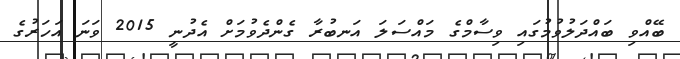
ބޭއްވި ބައްދަލުވުމުގައި ވިސާމްގެ މައްސަލަ އަނބުރާ ގެންދެވުމަށް އެދުނީ 2015 ވަނަ އަހަރުގެ